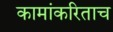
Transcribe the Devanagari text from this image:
कामांकरिताच